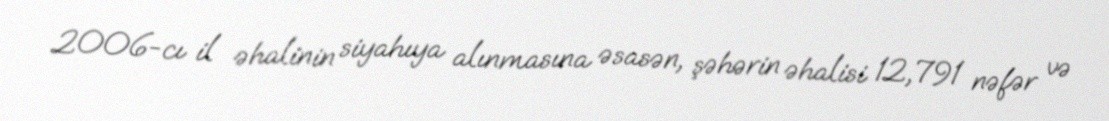
2006-cı il əhalinin siyahıya alınmasına əsasən, şəhərin əhalisi 12,791 nəfər və